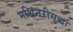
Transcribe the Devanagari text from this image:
मशिनरीसुद्धा